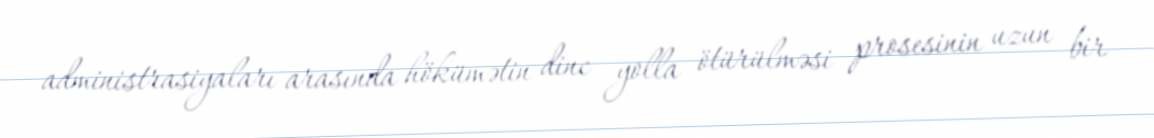
administrasiyaları arasında hökümətin dinc yolla ötürülməsi prosesinin uzun bir